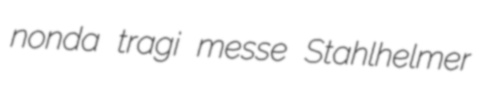
nonda tragi messe Stahlhelmer